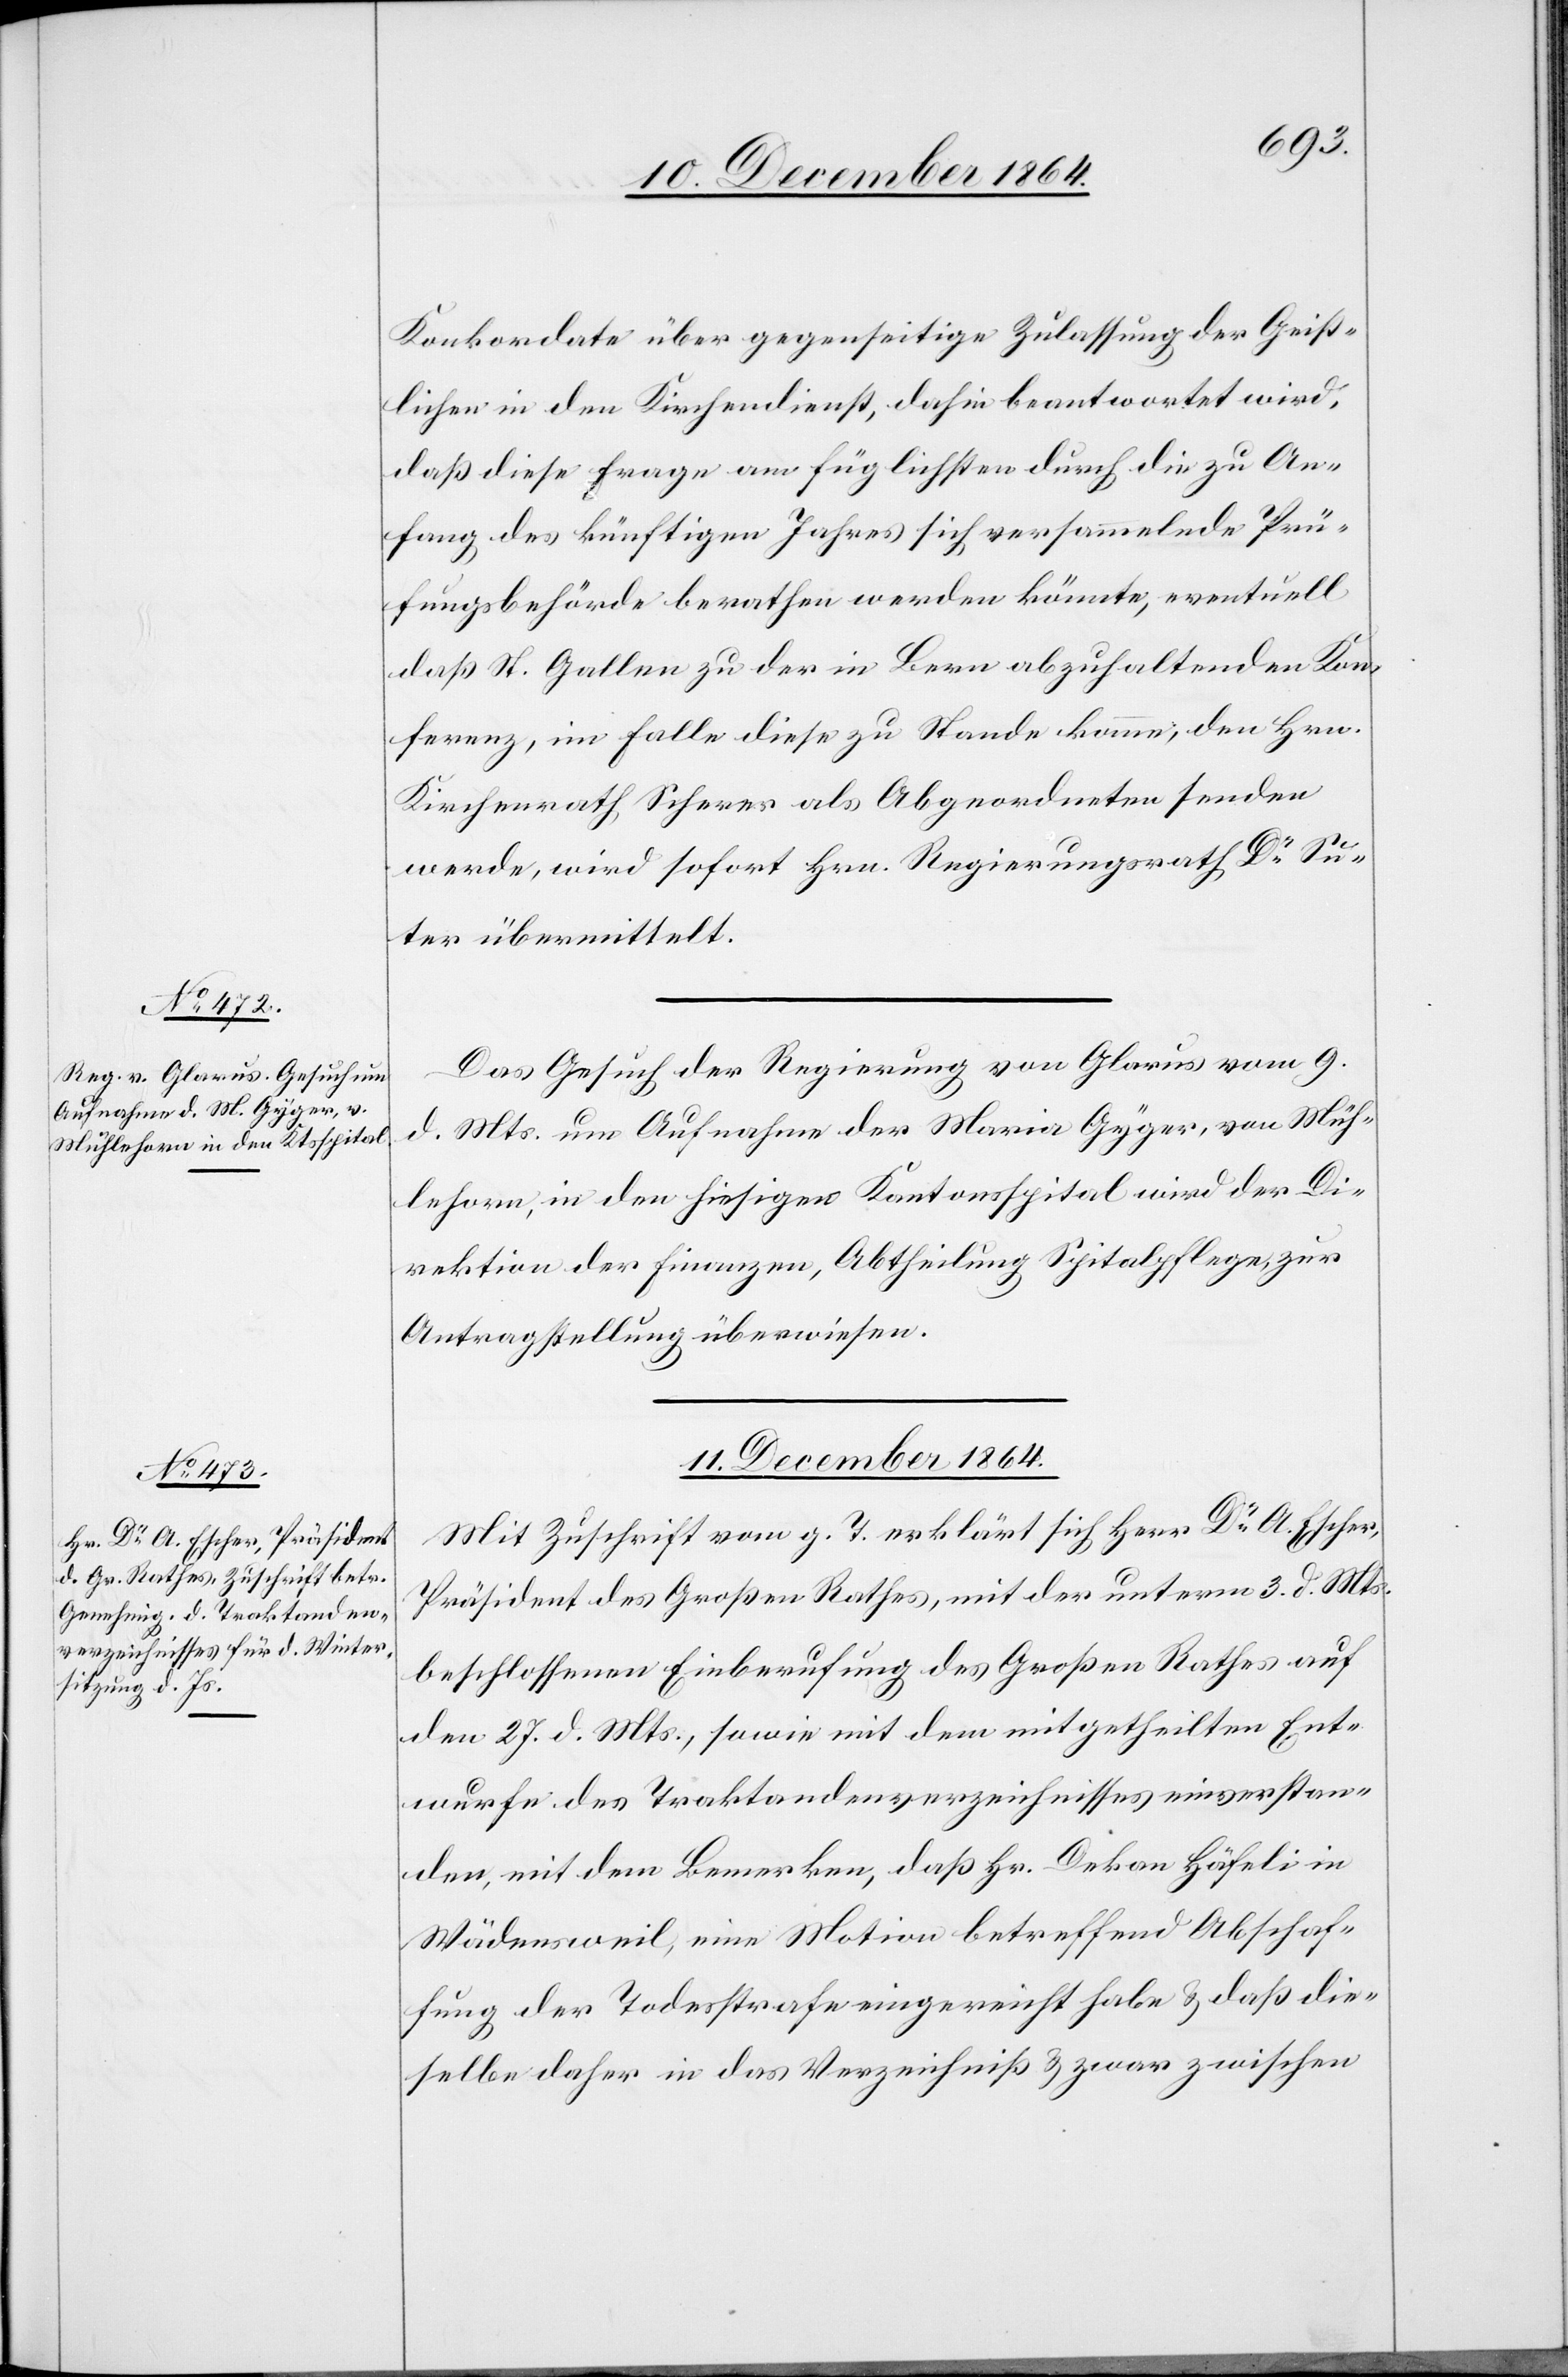
10. December 1864.]
Konkordate über gegenseitige Zulassung der Geist¬
lichen in den Kirchendienst, dahin beantwortet wird,
daß diese Frage am füglichsten durch die zu An¬
fang des künftigen Jahres sich versammelnde Prü¬
fungsbehörde berathen werden könnte, eventuell
daß St. Gallen zu der in Bern abzuhaltenden Kon¬
ferenz, im Falle diese zu Stande komme, den Hrn.
Kirchenrath Scherer als Abgeordneten senden
werde, wird sofort Hrn. Regierungsrath Dr Su¬
ter übermittelt.
Das Gesuch der Regierung von Glarus vom 9.
d. Mts. um Aufnahme der Maria Gyger, von Müh¬
lehorn, in den hiesigen Kantonsspital wird der Di¬
rektion der Finanzen, Abtheilung Spitalpflege, zur
Antragstellung überwiesen.
11. December 1864.
Mit Zuschrift vom g. T erklärt sich Herr Dr A. Escher,
Präsident des Großen Rathes, mit der unterm 3. d. Mts.
beschlossenen Einberufung des Großen Rathes auf
den 27. d. Mts., sowie mit dem mitgetheilten Ent¬
wurfe des Traktandenverzeichnisses einverstan¬
den, mit dem Bemerken, daß Hr. Dekan Häfeli in
Wädensweil, eine Motion betreffend Abschaf¬
fung der Todesstrafe eingereicht habe & daß die¬
selbe daher in das Verzeichniß & zwar zwischen